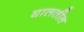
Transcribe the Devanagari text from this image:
घालतील